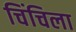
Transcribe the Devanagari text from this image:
चिंचिला